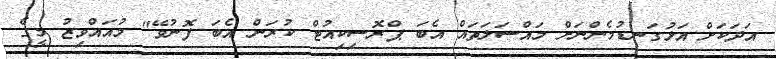
އަދަކަށް އަޅުގަނޑުމެންނަށް މައްސަލަތައް އެބަ ޕްރޮސިކިއުޓް ކުރަން އެބަ ފޮނުވޭ" މުއައްވިޒު މީގެ